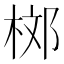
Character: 𣒒